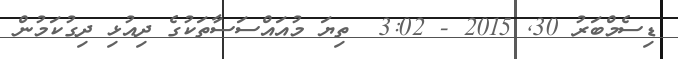
ޑިސެމްބަރު 30